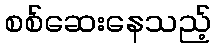
စစ်ဆေးနေသည့်